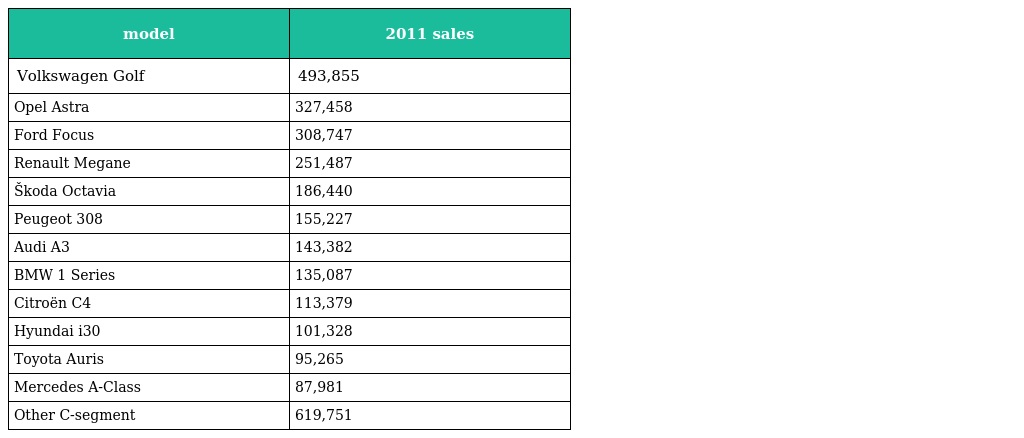
| model | 2011 sales |
 | --- | --- |
 | Volkswagen Golf | 493,855 |
 | Opel Astra | 327,458 |
 | Ford Focus | 308,747 |
 | Renault Megane | 251,487 |
 | Škoda Octavia | 186,440 |
 | Peugeot 308 | 155,227 |
 | Audi A3 | 143,382 |
 | BMW 1 Series | 135,087 |
 | Citroën C4 | 113,379 |
 | Hyundai i30 | 101,328 |
 | Toyota Auris | 95,265 |
 | Mercedes A-Class | 87,981 |
 | Other C-segment | 619,751 |